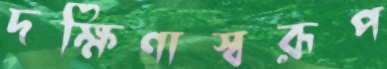
দক্ষিণাস্বরূপ